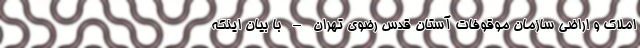
املاک و اراضی سازمان موقوفات آستان قدس رضوی تهران – با بیان اینکه